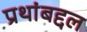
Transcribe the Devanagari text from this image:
प्रथांबद्दल